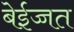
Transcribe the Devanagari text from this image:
बेईज्जत